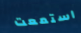
استمعت